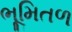
ભૂમિતળ